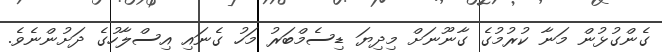
ގެންގުޅުން މަނާ ކުރުމުގެ ގާނޫނަށް މިދިޔަ ޑިސެމްބަރު މަހު ގެނައި އިސްލާހުގެ ދަށުންނެވެ.